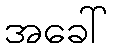
အခေါ်